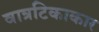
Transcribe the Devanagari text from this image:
वात्रटिकाकार